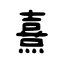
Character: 熹